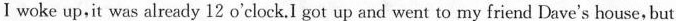
Ⅰ woke up,it was already 12 o'clock.I got up and went to my friend Dave's house,but